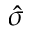
\hat { \sigma }